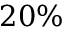
2 0 \%